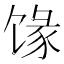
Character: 𱄄